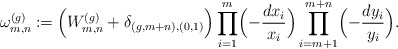
\begin{align*}\omega^{(g)}_{m,n}\coloneqq \Bigl(W^{(g)}_{m,n}+\delta_{(g,m+n),(0,1)}\Bigr) \prod_{i=1}^m \Bigl(-\frac{dx_i}{x_i}\Bigr)\prod_{i=m+1}^{m+n} \Bigl(-\frac{dy_i}{y_i}\Bigr).\end{align*}